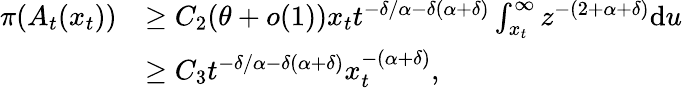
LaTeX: \begin{array}{rl}{\pi(A_{t}(x_{t}))}&{\geq C_{2}(\theta+o(1))x_{t}t^{-\delta/\alpha-\delta(\alpha+\delta)}\int_{x_{t}}^{\infty}z^{-(2+\alpha+\delta)}\mathrm{d}u}\\ &{\geq C_{3}t^{-\delta/\alpha-\delta(\alpha+\delta)}x_{t}^{-(\alpha+\delta)},}\end{array}